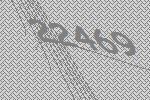
22469